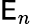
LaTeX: \mathsf{E}_{n}